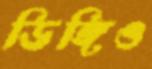
ডিঙ্গিও